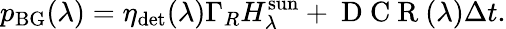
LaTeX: p_{\mathrm{BG}}(\lambda)=\eta_{\mathrm{det}}(\lambda)\Gamma_{R}H_{\lambda}^{\mathrm{sun}}+\mathrm{~D~C~R~}(\lambda)\Delta t.